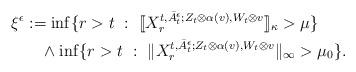
LaTeX: \begin{align*}\xi^\epsilon & := \inf \{r > t~:~[\![ X_r^{t,\bar{A}_t^\epsilon; Z_t \otimes \alpha(v), W_t \otimes v } ]\!]_{\kappa} > \mu \} \\&~~~ \wedge \inf\{ r > t~:~ \| X_r^{t,\bar{A}_t^\epsilon; Z_t \otimes \alpha(v), W_t \otimes v } \|_\infty > \mu_0 \}.\end{align*}